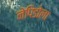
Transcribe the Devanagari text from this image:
नेपिडोला